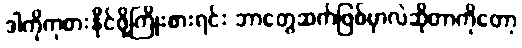
ဒါကိုကုစားနိုင်ဖို့ကြိုးစားရင်း ဘာတွေဆက်ဖြစ်မှာလဲဆိုတာကိုတော့